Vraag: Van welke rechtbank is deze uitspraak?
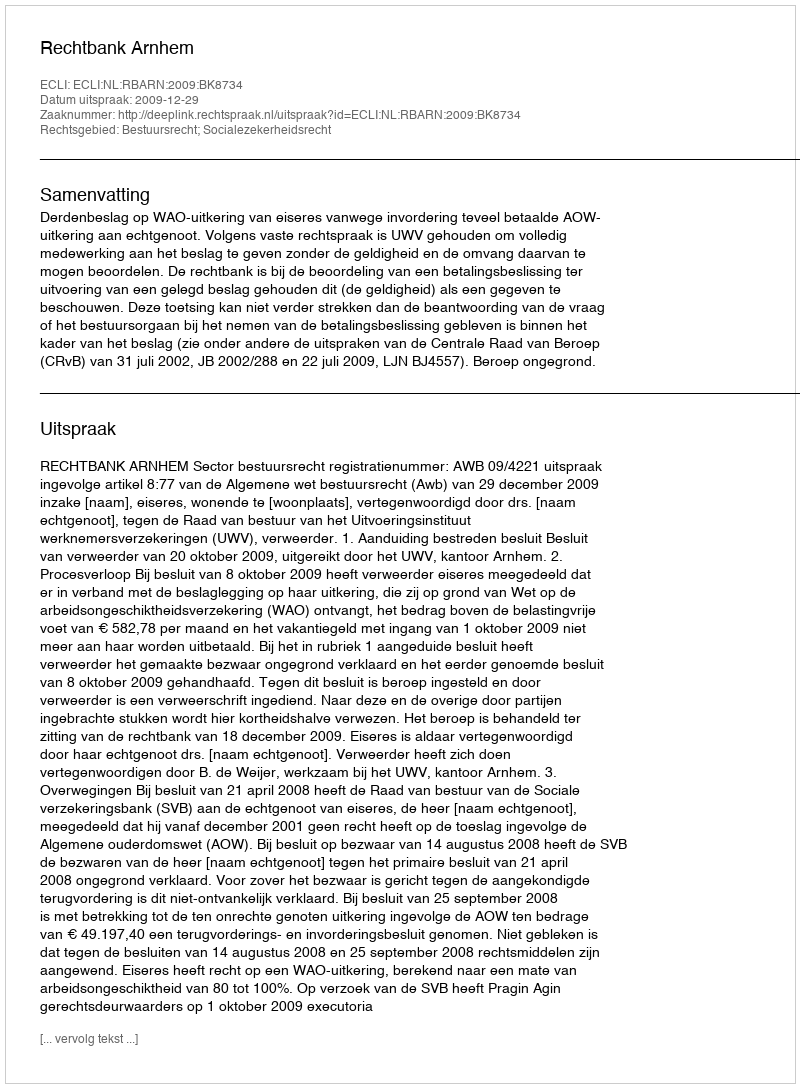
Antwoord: Rechtbank Arnhem